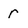
Character: r